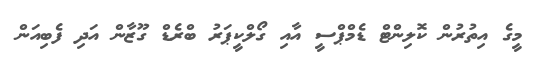
މީގެ އިތުރުން ކޮލިންޓް ޑެމްޕްސީ އާއި ގޯލްކީޕަރު ބްރެޑް ގޫޒާން އަދި ފެބިއަން